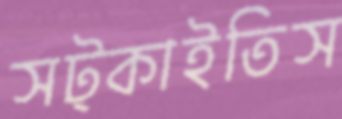
সট্‌কাইতিস